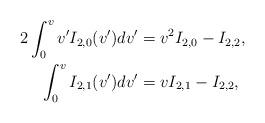
LaTeX: \begin{align*} 2\int_0^vv'I_{2,0}(v')dv'&=v^2I_{2,0}-I_{2,2},\\ \int_0^vI_{2,1}(v')dv'&=vI_{2,1}-I_{2,2},\end{align*}